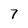
Character: 7